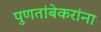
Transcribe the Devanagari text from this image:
पुणतांबेकरांना